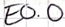
Text: E0.0